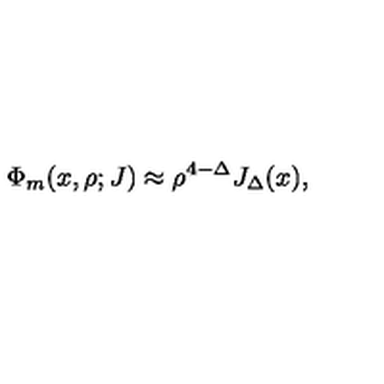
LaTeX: { \Phi _ { m } ( x , \rho ; J ) \approx \rho ^ { 4 - \Delta } J _ { \Delta } ( x ) , }